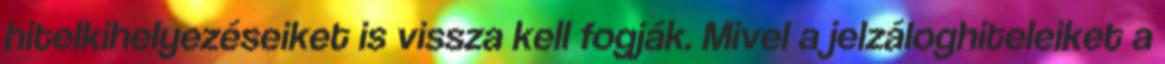
hitelkihelyezéseiket is vissza kell fogják. Mivel a jelzáloghiteleiket a